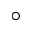
^ { \circ }